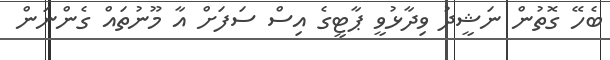
ބެހޭ ގޮތުން ނަޝީދު ވިދާޅުވީ ޕާޓީގެ އިސް ސަފަށް އާ މޫނުތައް ގެންނަން